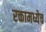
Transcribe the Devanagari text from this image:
रक्तामध्येच